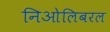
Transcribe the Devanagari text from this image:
निओलिबरल